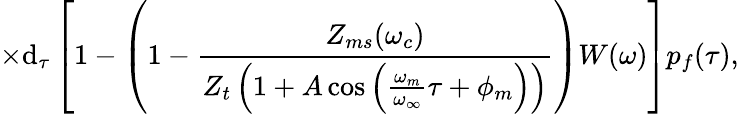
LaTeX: \times\textrm{d}_{\tau}\left[1-\left(1-\frac{Z_{ms}(\omega_{c})}{Z_{t}\left(1+A\cos\left(\frac{\omega_{m}}{\omega_{\infty}}\tau+\phi_{m}\right)\right)}\right)W(\omega)\right]p_{f}(\tau),